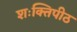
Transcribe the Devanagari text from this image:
शःक्तिपीठ